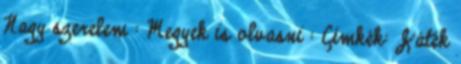
Nagy szerelem : Megyek is olvasni : Címkék: Játék